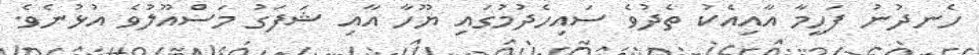
ހެނދުނު ފަހީމާ އާއިއެކު ތެދުވެ ސައިހެދުމުގައި ޔޫހާ އާއި ޝަފަގު މަސްއޫލުވެ އުޅުނެވެ.